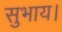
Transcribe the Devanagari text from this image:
सुभाय।